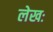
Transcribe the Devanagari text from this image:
लेखः